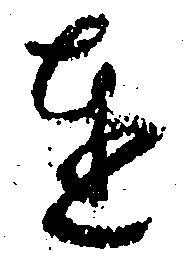
達